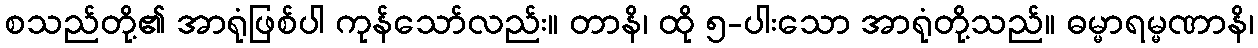
စသည်တို့၏ အာရုံဖြစ်ပါ ကုန်သော်လည်း။ တာနိ၊ ထို ၅-ပါးသော အာရုံတို့သည်။ ဓမ္မာရမ္မဏာနိ၊